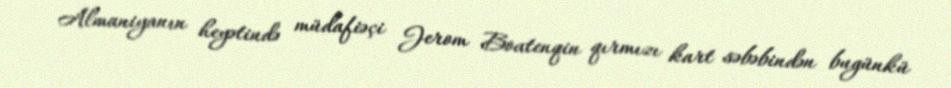
Almaniyanın heyətində müdafiəçi Jerom Boatenqin qırmızı kart səbəbindən bugünkü